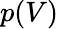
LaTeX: p(V)